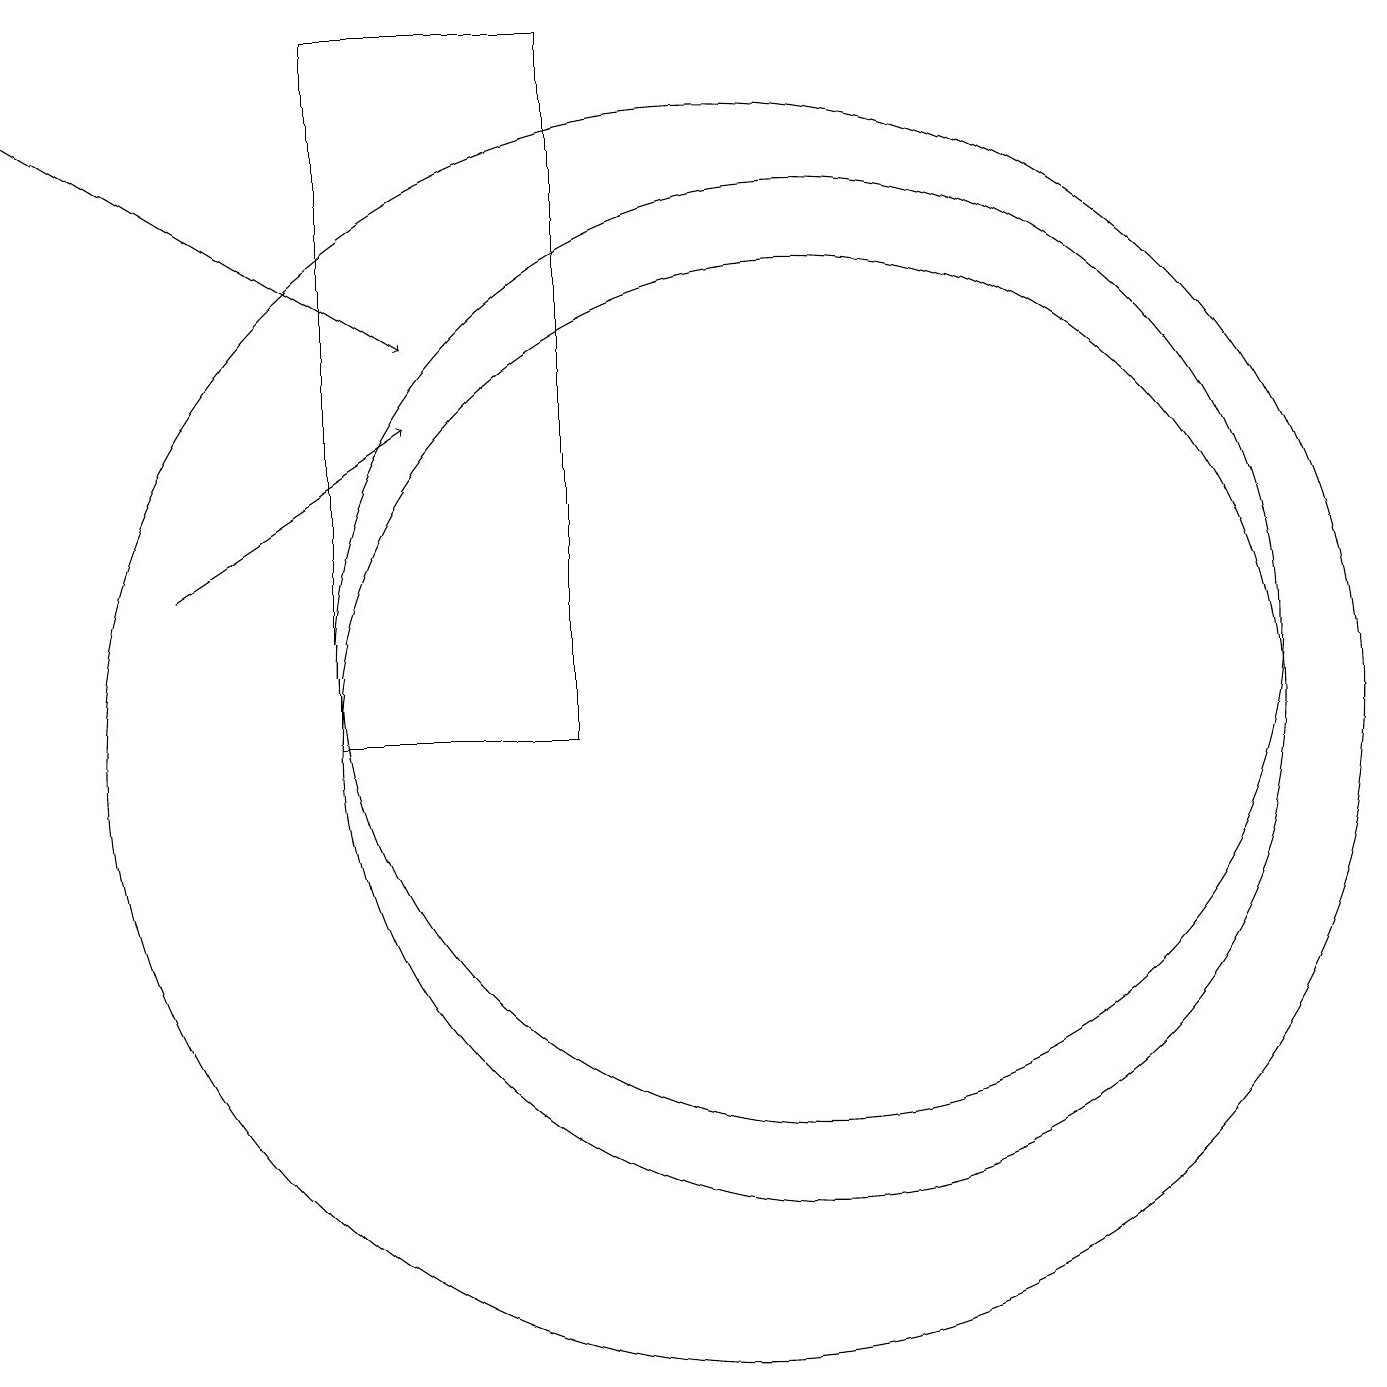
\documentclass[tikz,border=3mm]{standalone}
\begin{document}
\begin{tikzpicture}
\draw[->] (3,12) -- (6,14);
\draw (8,19) rectangle (5,10);
\draw (10,10) circle (8);
\draw (11,11) circle (6);
\draw (11,10) circle (6);
\draw[->] (1,18) -- (6,15);
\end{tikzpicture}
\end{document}